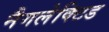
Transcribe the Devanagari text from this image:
नैगलेक्टिड